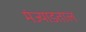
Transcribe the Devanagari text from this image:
मंज्याडताल